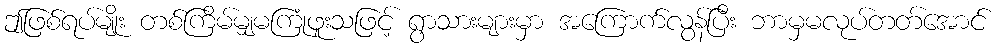
ဤဖြစ်ရပ်မျိုး တစ်ကြိမ်မျှမကြုံဖူးသဖြင့် ရွာသားများမှာ အကြောက်လွန်ပြီး ဘာမှမလုပ်တတ်အောင်